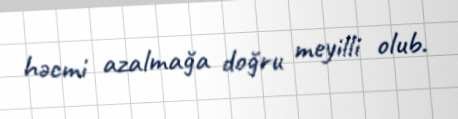
həcmi azalmağa doğru meyilli olub.